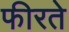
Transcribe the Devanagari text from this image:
फीरते